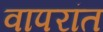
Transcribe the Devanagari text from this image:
वापरांत